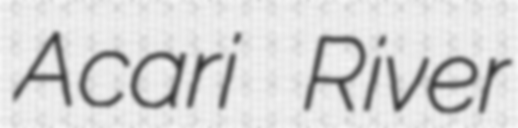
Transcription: Acari River